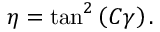
\eta = \tan ^ { 2 } \left( C \gamma \right) .